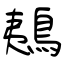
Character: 鴺